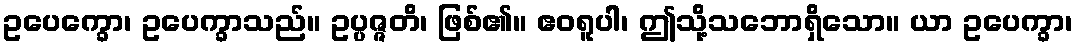
ဥပေက္ခော၊ ဥပေက္ခာသည်။ ဥပ္ပဇ္ဇတိ၊ ဖြစ်၏။ ဧဝရူပါ၊ ဤသို့သဘောရှိသော။ ယာ ဥပေက္ခာ၊